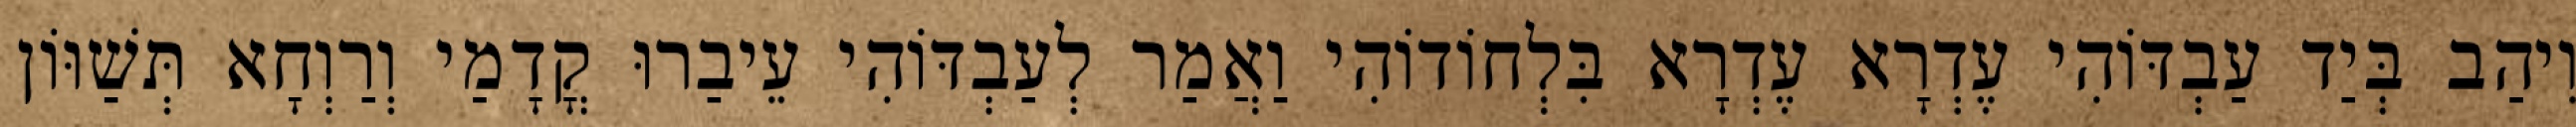
וִיהַב בְּיַד עַבְדּוֹהִי עֶדְרָא עֶדְרָא בִּלְחוֹדוֹהִי וַאֲמַר לְעַבְדּוֹהִי עֵיבַרוּ קֳדָמַי וְרַוְחָא תְּשַׁוּוֹן